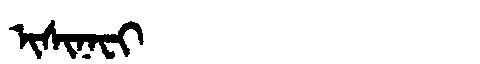
Manchu: ᡳᠰᡳᠨᠠᠸᡳ
Romanization: ISINAFI